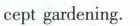
cept gardening.